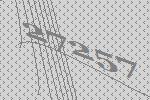
27257